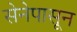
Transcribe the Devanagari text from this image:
सेनेपासून